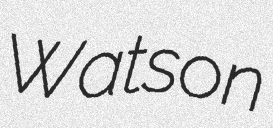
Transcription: Watson